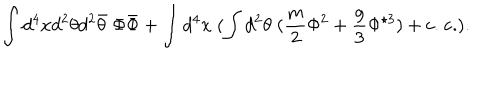
\int d ^ { 4 } x d ^ { 2 } \theta d ^ { 2 } \bar { \theta } \; \Phi \bar { \Phi } + \int d ^ { 4 } x \; ( \int d ^ { 2 } \theta \; ( \frac { m } { 2 } \Phi ^ { 2 } + \frac { g } { 3 } \Phi ^ { \star 3 } ) + \mathrm { c . ~ c . } ) .